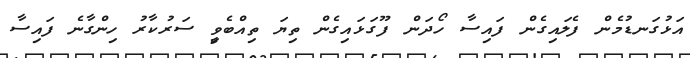
އަޅުގަނޑުމެން ފެލައިގެން ފައިސާ ހޯދަން ފޫގަޅައިގެން ތިޔަ ތިއްބެވީި ސަރުކާރު ހިންގާނެ ފައިސާ